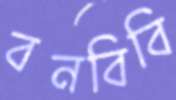
বনবিবি